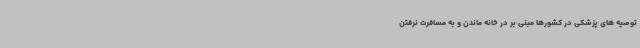
توصیه های پزشکی در کشورها مبنی بر در خانه ماندن و به مسافرت نرفتن